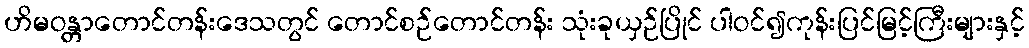
ဟိမဝန္တာတောင်တန်းဒေသတွင် တောင်စဉ်တောင်တန်း သုံးခုယှဉ်ပြိုင် ပါဝင်၍ကုန်းပြင်မြင့်ကြီးများနှင့်